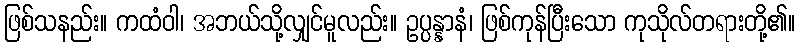
ဖြစ်သနည်း။ ကထံဝါ၊ အဘယ်သို့လျှင်မူလည်း။ ဥပ္ပန္နာနံ၊ ဖြစ်ကုန်ပြီးသော ကုသိုလ်တရားတို့၏။